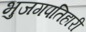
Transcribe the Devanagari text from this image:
भुजगपतिहारी